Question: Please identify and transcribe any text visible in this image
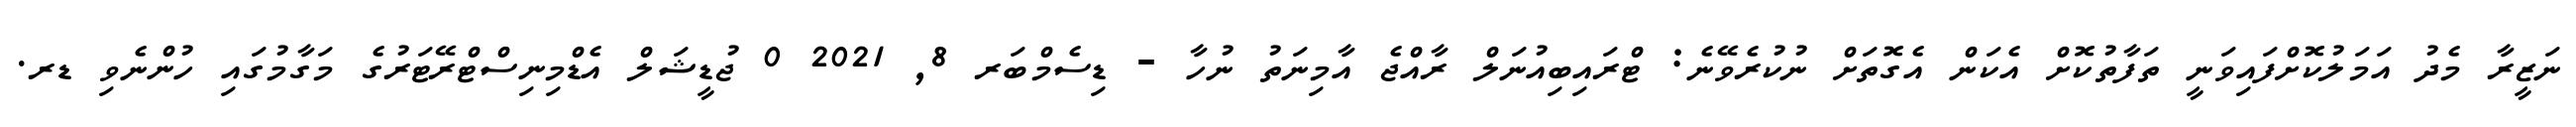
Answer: ނަޒީރާ މެދު އަމަލުކޮށްފައިވަނީ ތަފާތުކޮށް އެކަން އެގޮތަށް ނުކުރެވޭނެ: ޓްރައިބިއުނަލް ރާއްޖެ އާމިނަތު ނުހާ - ޑިސެމްބަރ 8, 2021 0 ޖުޑީޝަލް އެޑްމިނިސްޓްރޭޓަރުގެ މަގާމުގައި ހުންނެވި ޑރ.